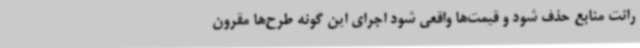
رانت منابع حذف شود و قیمت‌ها واقعی شود اجرای این گونه طرح‌ها مقرون